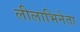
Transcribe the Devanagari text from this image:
लीलाभिनेता